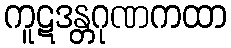
ကူဋဒန္တဂုဏကထာ